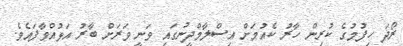
ރޯދަ ހިފުމުގެ ކުރިން ހާރު ކެއުމަށް އިސްލާމްދީނުގައި ވަނީ ވަރަށް ބާރު އަޅުއްވާފައެވެ.